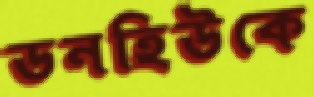
ডনহিউকে